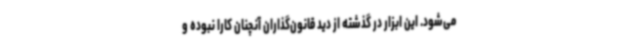
می‌شود. این ابزار در گذشته از دید قانون‌گذاران آنچنان کارا نبوده و